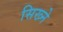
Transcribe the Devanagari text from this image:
सिख्ने